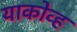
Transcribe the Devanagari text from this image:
याकोव्ह